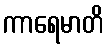
ကာရေမာတိ